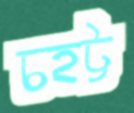
চহট্ট